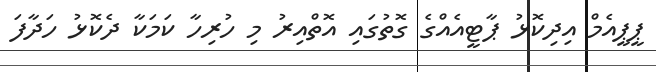
ޕީޕީއެމް އިދިކޮޅު ޕާޓީއެއްގެ ގޮތުގައި އޮތްއިރު މި ހުރިހާ ކަމަކާ ދެކޮޅު ހަދާފަ